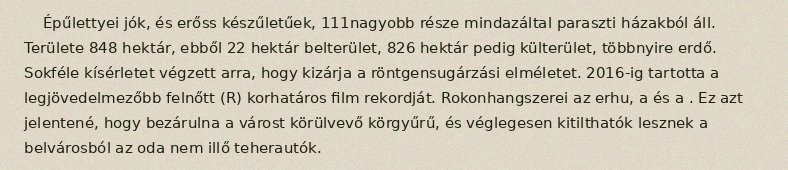
Épűlettyei jók, és erőss készűletűek, 111nagyobb része mindazáltal paraszti házakból áll. Területe 848 hektár, ebből 22 hektár belterület, 826 hektár pedig külterület, többnyire erdő. Sokféle kísérletet végzett arra, hogy kizárja a röntgensugárzási elméletet. 2016-ig tartotta a legjövedelmezőbb felnőtt (R) korhatáros film rekordját. Rokonhangszerei az erhu, a és a . Ez azt jelentené, hogy bezárulna a várost körülvevő körgyűrű, és véglegesen kitilthatók lesznek a belvárosból az oda nem illő teherautók.